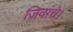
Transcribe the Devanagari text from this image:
जिवांचे।